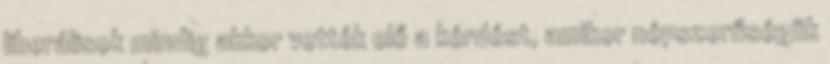
liberálisok mindig akkor vették elő a kérdést, amikor népszerűségük